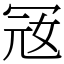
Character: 㓂